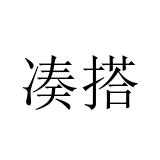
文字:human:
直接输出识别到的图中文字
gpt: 凑搭